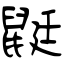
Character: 鼮